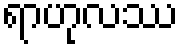
ရာဟုလဿ